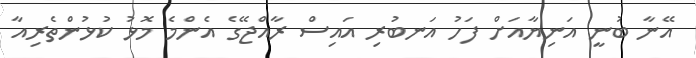
އޭނާ ބުނީ އަނިޔާއަށް ފަހު އަނބުރި އައިސް ރާއްޖޭގެ އެންމެ މޮޅު ކުޅުންތެރިއާ